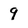
Character: 9